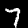
Digit: 7